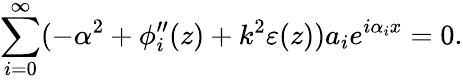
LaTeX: \sum_{i=0}^{\infty}(-\alpha^{2}+\phi_{i}^{\prime\prime}(z)+k^{2}\varepsilon(z))a_{i}e^{i\alpha_{i}x}=0.